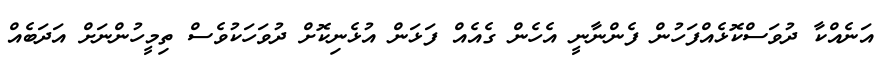
އަނެއްކާ ދުވަސްކޮޅެއްފަހުން ފެންނާނީ އެހެން ގެއެއް ފަޅަން އުޅެނިކޮށް ދުވަހަކުވެސް ތިމީހުންނަށް އަދަބެއް